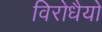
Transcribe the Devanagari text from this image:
विरोधैयो